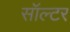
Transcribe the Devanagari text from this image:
सॉल्टर